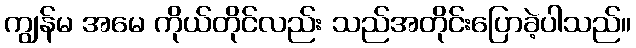
ကျွန်မ အမေ ကိုယ်တိုင်လည်း သည်အတိုင်းပြောခဲ့ပါသည်။